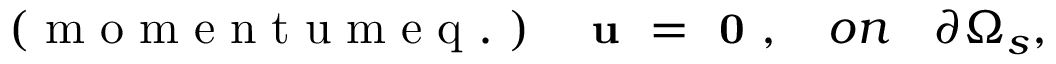
\small \mathrm { ~ ( ~ m ~ o ~ m ~ e ~ n ~ t ~ u ~ m ~ e ~ q ~ . ~ ) ~ } \ \ \textbf { u } = \textbf { 0 } , \quad o n \quad \partial \Omega _ { s } ,